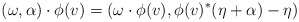
\begin{align*}(\omega,\alpha)\cdot \phi(v)=\left (\omega\cdot\phi(v) ,\phi(v)^*(\eta+\alpha)-\eta\right )\end{align*}